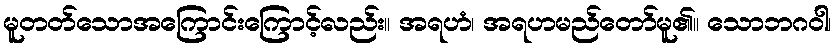
မူတတ်သောအကြောင်းကြောင့်လည်း။ အရဟံ၊ အရဟမည်တော်မူ၏။ သောဘဂဝါ၊